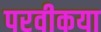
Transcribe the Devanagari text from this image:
परवीकया